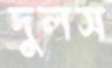
দুলস